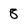
Character: 8